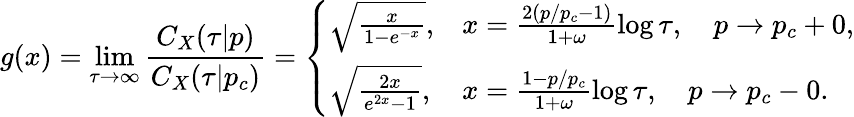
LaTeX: g(x)=\operatorname*{lim}_{\tau\rightarrow\infty}\frac{C_{X}(\tau|p)}{C_{X}(\tau|p_{c})}=\left\{ \begin{array}{ll}{\sqrt{\frac{x}{1-e^{-x}}},}&{x=\frac{2(p/p_{c}-1)}{1+\omega}\log\tau,\quad p\rightarrow p_{c}+0,}\\ {\sqrt{\frac{2x}{e^{2x}-1}},}&{x=\frac{1-p/p_{c}}{1+\omega}\log\tau,\quad p\rightarrow p_{c}-0.}\end{array}\right.